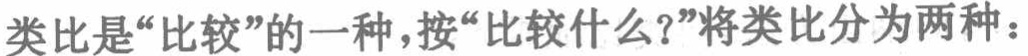
类比是“比较”的一种，按“比较什么？”将类比分为两种：